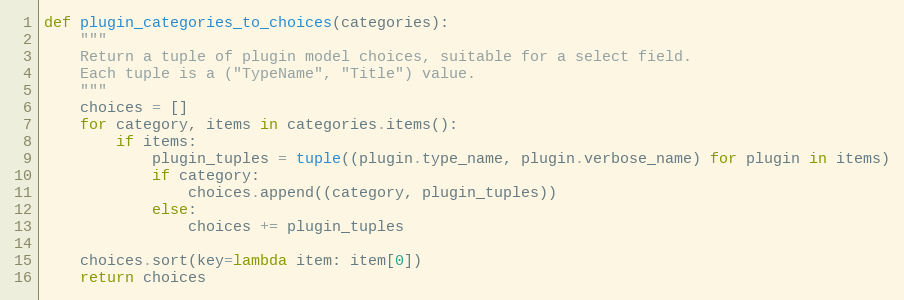
Language: Python
def plugin_categories_to_choices(categories):
    """
    Return a tuple of plugin model choices, suitable for a select field.
    Each tuple is a ("TypeName", "Title") value.
    """
    choices = []
    for category, items in categories.items():
        if items:
            plugin_tuples = tuple((plugin.type_name, plugin.verbose_name) for plugin in items)
            if category:
                choices.append((category, plugin_tuples))
            else:
                choices += plugin_tuples

    choices.sort(key=lambda item: item[0])
    return choices